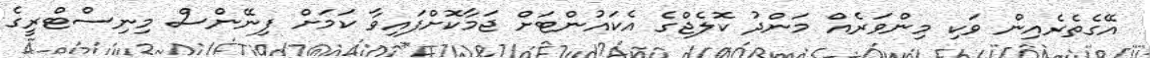
އޭގެތެރެއިން ވަކި މިންވަރެއް މަންދު ކޮލެޖްގެ އެކައުންޓަށް ޖަމާކޮށްފައިވާ ކަމަށް ފިނޭންސް މިނިސްޓްރީގެ